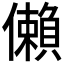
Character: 𫣻